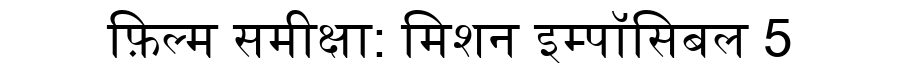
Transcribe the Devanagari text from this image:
फ़िल्म समीक्षा: मिशन इम्पॉसिबल 5